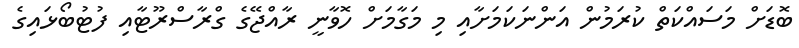
ބޮޑަށް މަސައްކަތް ކުރަމުން އަންނަކަމަށާއި މި މަގާމަށް ހޮވާނީ ރާއްޖޭގެ ގްރާސްރޫޓާއި ފުޓުބޯޅައިގެ